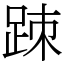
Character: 䟱